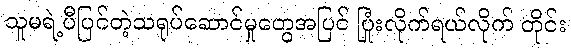
သူမရဲ့ပီပြင်တဲ့သရုပ်ဆောင်မှုတွေအပြင် ပြုံးလိုက်ရယ်လိုက် တိုင်း